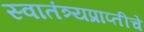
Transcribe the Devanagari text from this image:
स्वातंत्र्यप्राप्तीचे